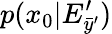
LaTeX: p(x_{0}|E_{\bar{y}^{\prime}}^{\prime})